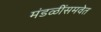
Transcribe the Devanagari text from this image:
मंडळींसमवेत